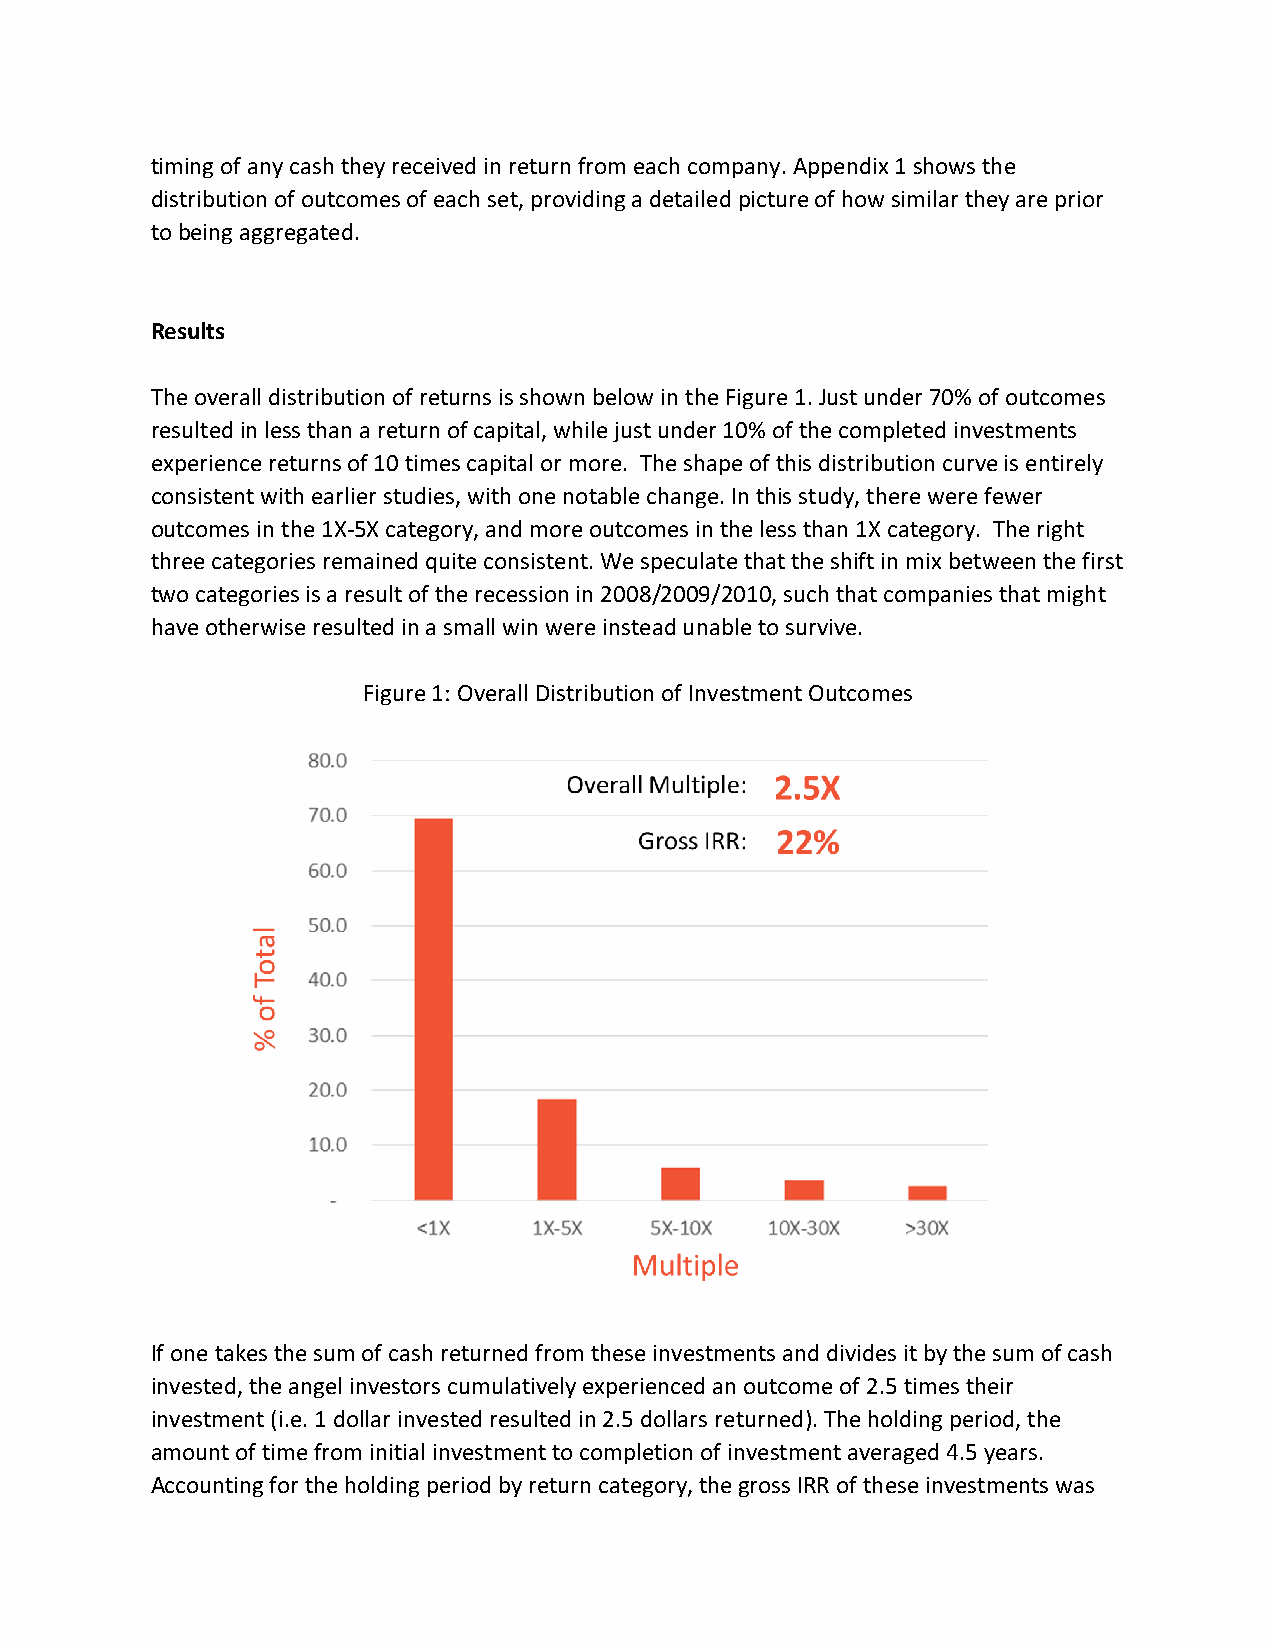
timing of any cash they received in return from each company. Appendix 1 shows the
 distribution of outcomes of each set, providing a detailed picture of how similar they are prior
 to being aggregated.
 Results
 The overall distribution of returns is shown below in the Figure 1. Just under 70% of outcomes
 resulted in less than a return of capital, while just under 10% of the completed investments
 experience returns of 10 times capital or more. The shape of this distribution curve is entirely
 consistent with earlier studies, with one notable change. In this study, there were fewer
 outcomes in the 1X-5X category, and more outcomes in the less than 1X category. The right
 three categories remained quite consistent. We speculate that the shift in mix between the first
 two categories is a result of the recession in 2008/2009/2010, such that companies that might
 have otherwise resulted in a small win were instead unable to survive.
 Figure 1: Overall Distribution of Investment Outcomes
 If one takes the sum of cash returned from these investments and divides it by the sum of cash
 invested, the angel investors cumulatively experienced an outcome of 2.5 times their
 investment (i.e. 1 dollar invested resulted in 2.5 dollars returned). The holding period, the
 amount of time from initial investment to completion of investment averaged 4.5 years.
 Accounting for the holding period by return category, the gross IRR of these investments was